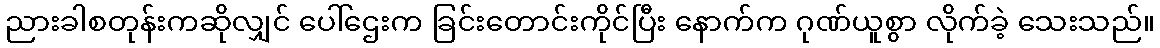
ညားခါစတုန်းကဆိုလျှင် ပေါ်ဌေးက ခြင်းတောင်းကိုင်ပြီး နောက်က ဂုဏ်ယူစွာ လိုက်ခဲ့ သေးသည်။